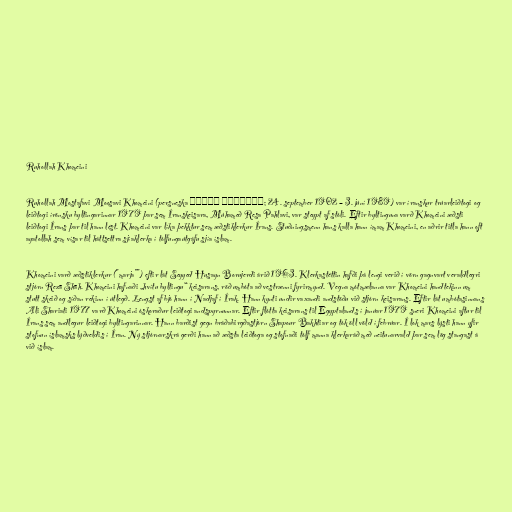
Ruhollah Khomeini

Ruhollah Mostafavi Moosavi Khomeini (persneska روح‌الله خمینی‎; 24. september 1902 – 3. júní 1989) var íranskur trúarleiðtogi og
leiðtogi írönsku byltingarinnar 1979 þar sem Íranskeisara, Múhameð Resa Pahlavi, var steypt af stóli. Eftir byltinguna varð Khomeini æðsti
leiðtogi Írans þar til hann lést. Khomeini var líka þekktur sem æðstiklerkur Írans. Stuðningsmenn hans kalla hann ímam Khomeini, en aðrir titla hann oft
ayatollah sem vísar til háttsettra sjíaklerka í tólfungaútgáfu sjía íslam.

Khomeini varð æðstiklerkur ("marja"") eftir lát Seyyed Husayn Borujerdi árið 1963. Klerkastéttin hafði þá lengi verið í vörn gagnvart veraldlegri
stjórn Rezā Shāh. Khomeini hafnaði „hvítu byltingu“ keisarans, röð umbóta að vestrænni fyrirmynd. Vegna mótmælanna var Khomeini handtekinn um
stutt skeið og síðan rekinn í útlegð. Lengst af bjó hann í Nadjaf í Írak. Hann kynti undir vaxandi andstöðu við stjórn keisarans. Eftir lát umbótasinnans
Ali Shariati 1977 varð Khomeini óskoraður leiðtogi andspyrnunnar. Eftir flótta keisarans til Egyptalands í janúar 1979 sneri Khomeini aftur til
Írans sem andlegur leiðtogi byltingarinnar. Hann barðist gegn bráðabirgðastjórn Shapour Bakhtiar og tók öll völd í febrúar. Í lok mars lýsti hann yfir
stofnun íslamsks lýðveldis í Íran. Ný stjórnarskrá gerði hann að æðsta leiðtoga og stofnaði tólf manna klerkaráð með neitunarvald þar sem lög stangast á
við íslam.